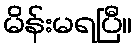
မိန်းမရပြီ။